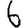
Digit: 6